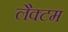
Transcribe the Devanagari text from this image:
लैक्टम